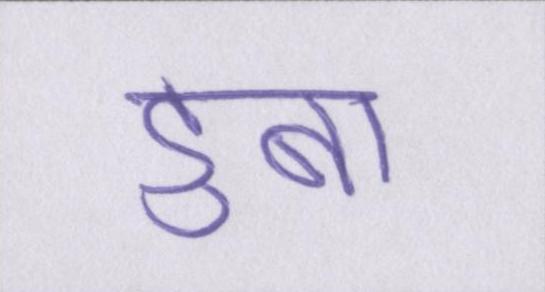
डुबा